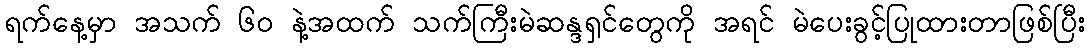
ရက်နေ့မှာ အသက် ၆၀ နဲ့အထက် သက်ကြီးမဲဆန္ဒရှင်တွေကို အရင် မဲပေးခွင့်ပြုထားတာဖြစ်ပြီး